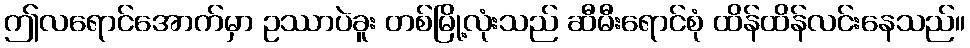
ဤလရောင်အောက်မှာ ဥဿာပဲခူး တစ်မြို့လုံးသည် ဆီမီးရောင်စုံ ထိန်ထိန်လင်းနေသည်။